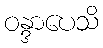
ဝန္ဒာပေသိ